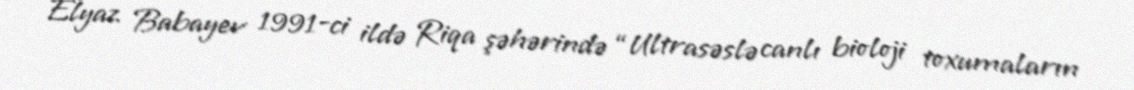
Elyaz Babayev 1991-ci ildə Riqa şəhərində “Ultrasəslə canlı bioloji toxumaların